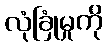
လုံခြုံမှုကို